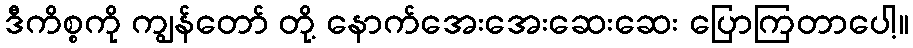
ဒီကိစ္စကို ကျွန်တော် တို့ နောက်အေးအေးဆေးဆေး ပြောကြတာပေါ့။